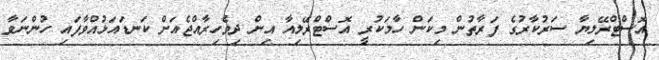
އޮސްޓްރޭލިޔާ ސަރުކާރުގެ ފަރާތުން މިކަން ހާމަކުރީ އޮސްޓްރޭލިއާ އިން ދިވެހިރާއްޖެއަށް ކަނޑައަޅުއްވާފައި ހުންނަވާ